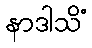
နာဒါသိံ